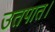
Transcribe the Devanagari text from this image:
उतपात।